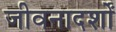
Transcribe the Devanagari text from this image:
जीवनादर्शों